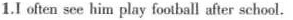
1 I often sce him play football after school.